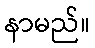
နာမည်။